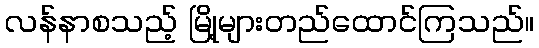
လန်နာစသည့် မြို့များတည်ထောင်ကြသည်။